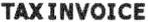
TAXINVOICE